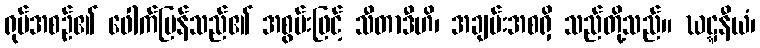
ရုပ်အစဉ်၏ ဖေါက်ပြန်သည်၏ အစွမ်းဖြင့် သီတာဒီဟိ၊ အချမ်းအစရှိ သည်တို့သည်။ ဃဋ္ဋနီယံ၊